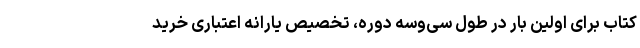
کتاب برای اولین بار در طول سی‌وسه دوره، تخصیص یارانه اعتباری خرید